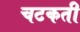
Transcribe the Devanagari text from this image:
चटकती